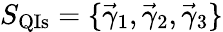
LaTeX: S_{\mathrm{QIs}}=\{ \vec{\gamma}_{1},\vec{\gamma}_{2},\vec{\gamma}_{3}\}